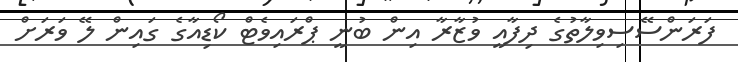
ފަރަންސޭސިވިލާތުގެ ދިފާއީ ވުޒާރާ އިން ބުނީ ޕްރައިވެޓް ކޯޑިއާގެ ގައިން ލޭ ވަރަށް